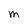
Character: M